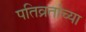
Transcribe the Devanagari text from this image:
पतिव्रतांच्या